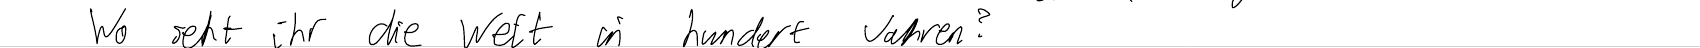
Wo seht ihr die Welt in hundert Jahren?